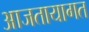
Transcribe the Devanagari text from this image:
आजतायागत